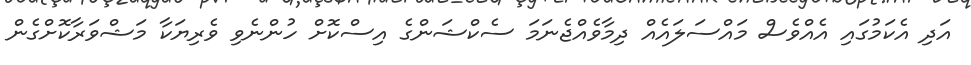
އަދި އެކަމުގައި އެއްވެސް މައްސަލައެއް ދިމާވެއްޖެނަމަ ސެކްޝަންގެ އިސްކޮށް ހުންނެވި ވެރިޔަކާ މަޝްވަރާކޮށްގެން